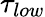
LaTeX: \tau_{low}